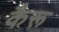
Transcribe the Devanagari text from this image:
कैरू